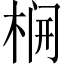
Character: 𬂻